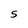
Character: S